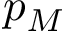
p _ { M }